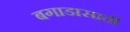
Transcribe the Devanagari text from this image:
बगाडासाठी